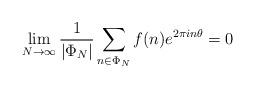
LaTeX: \begin{align*}\lim_{N \to \infty} \frac{1}{|\Phi_N|} \sum_{n \in \Phi_N} f(n) e^{2\pi i n \theta} = 0\end{align*}